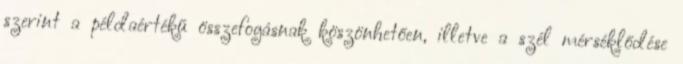
szerint a példaértékű összefogásnak köszönhetően, illetve a szél mérséklődése